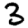
Digit: 3